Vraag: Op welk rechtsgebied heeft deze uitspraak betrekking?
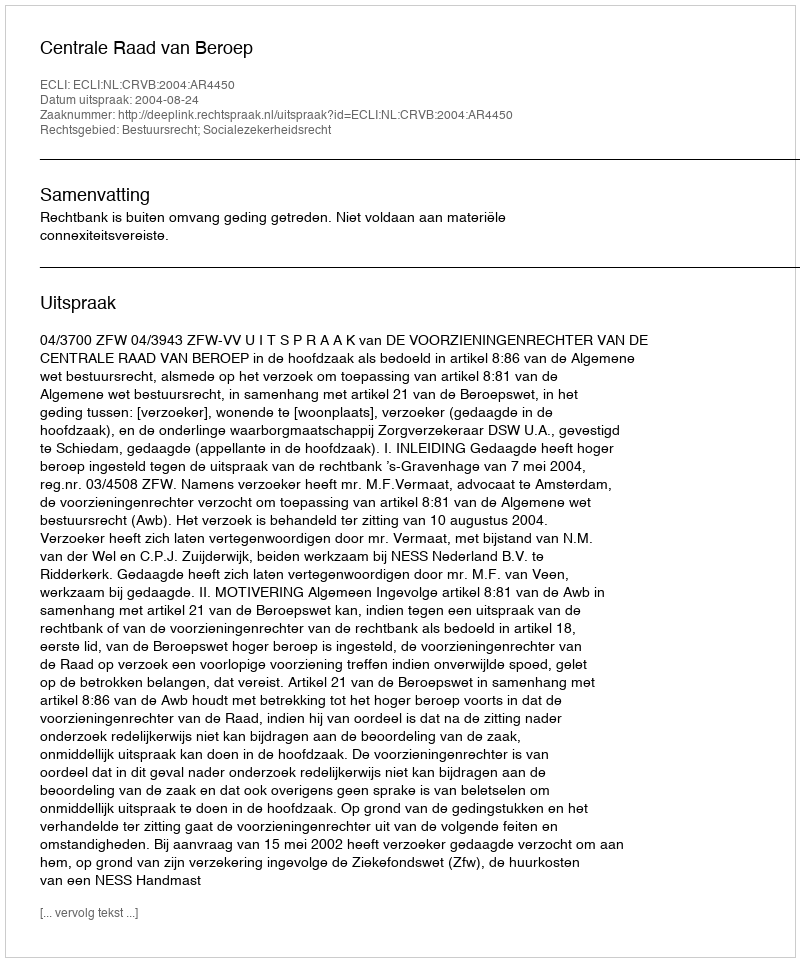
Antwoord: Bestuursrecht; Socialezekerheidsrecht